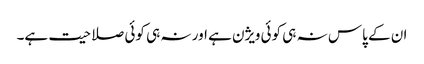
ان کے پاس نہ ہی کوئی ویژن ہے اور نہ ہی کوئی صلاحیت ہے۔